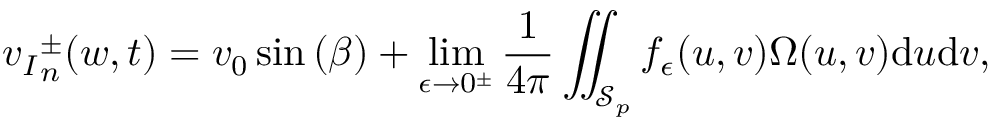
{ v _ { I } } _ { n } ^ { \pm } ( w , t ) = v _ { 0 } \sin { ( \beta ) } + \operatorname* { l i m } _ { \epsilon \to 0 ^ { \pm } } \frac { 1 } { 4 \pi } \iint _ { \mathcal { S } _ { p } } f _ { \epsilon } ( u , v ) \Omega ( u , v ) \mathrm { d } u \mathrm { d } v ,